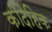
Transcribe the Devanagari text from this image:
कीदैहिक